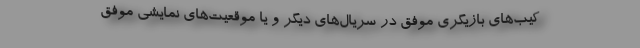
کیب‌های بازیگری موفق در سریال‌های دیگر و یا موقعیت‌های نمایشی موفق